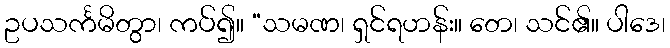
ဥပသင်္ကမိတွာ၊ ကပ်၍။ “သမဏ၊ ရှင်ရဟန်း။ တေ၊ သင်၏။ ပါဒေ၊